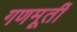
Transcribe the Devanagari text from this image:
गणमूर्ती